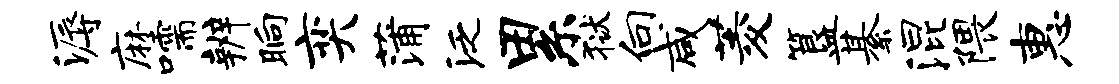
溽麻嚅辨晌奕蒲泛累狱向咸菱簋綦混隈惠